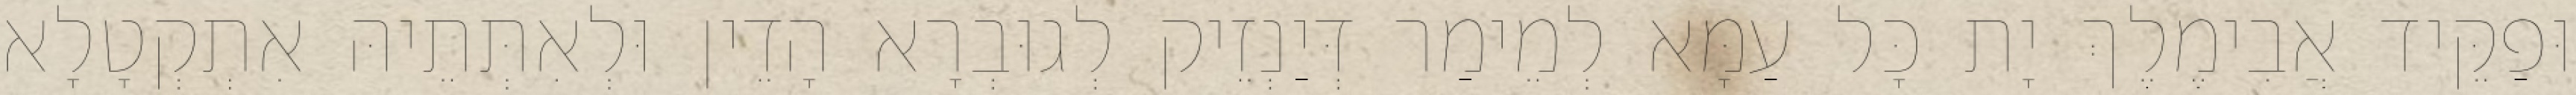
וּפַקֵּיד אֲבִימֶלֶךְ יָת כָּל עַמָּא לְמֵימַר דְּיַנְזֵיק לְגוּבְרָא הָדֵין וּלְאִתְּתֵיהּ אִתְקְטָלָא